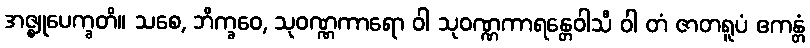
အဇ္ဈုပေက္ခတိ။ သစေ, ဘိက္ခဝေ, သုဝဏ္ဏကာရော ဝါ သုဝဏ္ဏကာရန္တေဝါသီ ဝါ တံ ဇာတရူပံ ဧကန္တံ